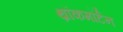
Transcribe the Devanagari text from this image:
थ्रॉकमॉर्टन